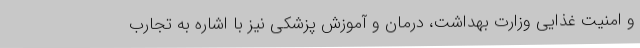
و امنیت غذایی وزارت بهداشت، درمان و آموزش پزشکی نیز با اشاره به تجارب